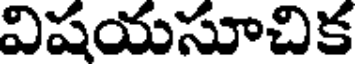
విషయసూచిక